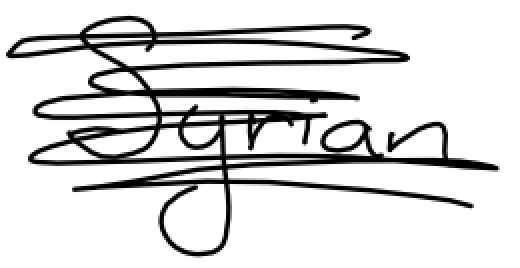
Text: Syrian
Cross-out: scratch
Writing tool: digital_black